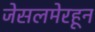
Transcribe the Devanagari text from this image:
जेसलमेरहून